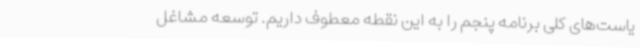
یاست‌های کلی برنامه پنجم را به این نقطه معطوف داریم. توسعه مشاغل